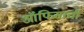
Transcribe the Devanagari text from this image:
ऑफिसाची